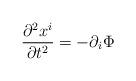
LaTeX: \begin{align*}\frac{\partial^2 x^i}{\partial t^2} = - \partial_i \Phi\end{align*}